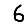
Digit: 6